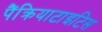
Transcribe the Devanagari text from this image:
पैंक्रियाटाइटिस